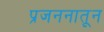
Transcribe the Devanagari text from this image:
प्रजननातून